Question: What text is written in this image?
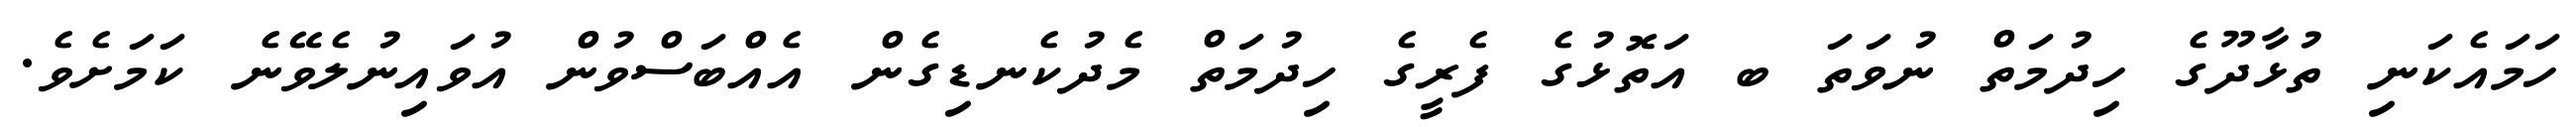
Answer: ހަމައެކަނި ތުޅާދޫގެ ހިދުމަތް ނުވަތަ ބ އަތޮޅުގެ ފެރީގެ ހިދުމަތް މެދުކެނޑިގެން އެއްބަސްވުން އުވައިނުލެވޭނެ ކަމަށެވެ.